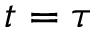
t = \tau